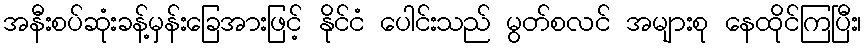
အနီးစပ်ဆုံးခန့်မှန်းခြေအားဖြင့် နိုင်ငံ ပေါင်းသည် မွတ်စလင် အများစု နေထိုင်ကြပြီး၊